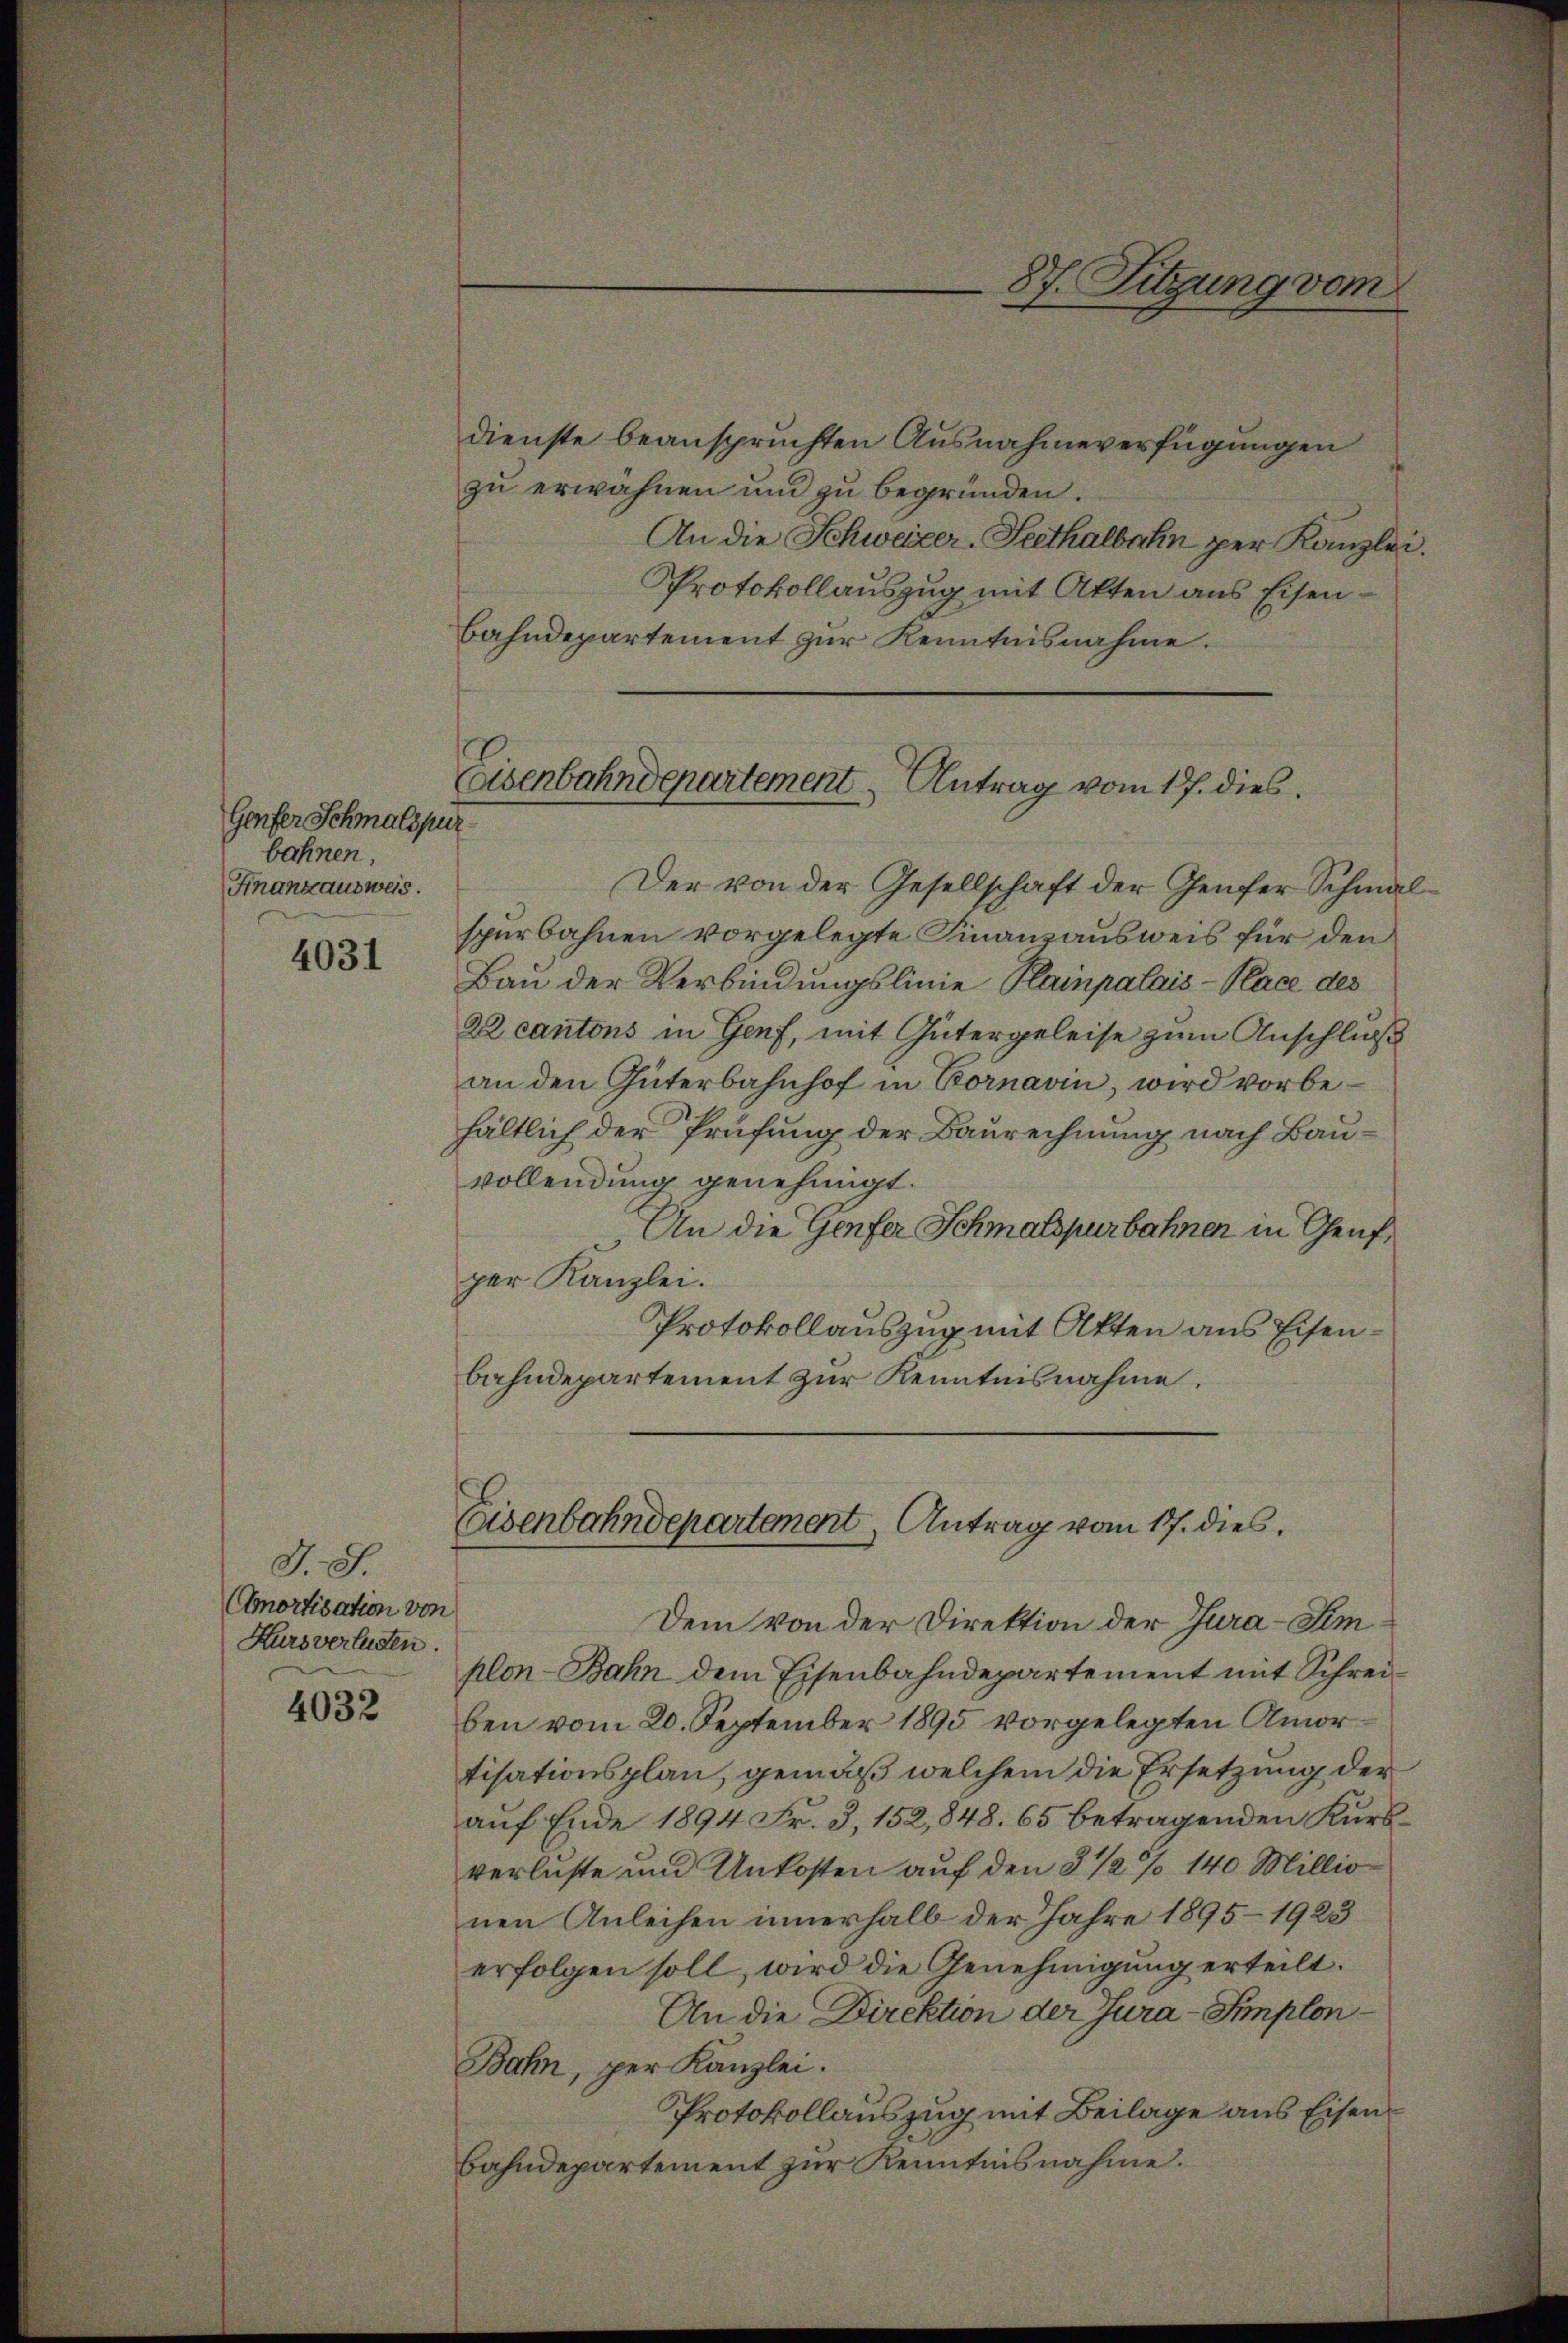
Genfer Schmalspur
bahnen,
Finanzausweis.

4031

J. 8.
Cmortisation vor
Kurs verlesen.

4032

dienste beanspruchten Ausnahmeverfügungen
zu erwähnen und zu begründen.
An die Schweizer-Seethalbahn per Kanzlei.
Protokollauszug mit Akten aus Eisen¬
Bahndepartement zur Kenntnisnahme.
Der von der Gesellschaft der Genfer Schmalspürbahnen vorgelegte Finanzausweis für den
Bau der Verbindungslinie Plampalais-Place des
22 cantons in Genf, mit Gütergeleise zum Anschluß
an den Güterbahnhof in Bornavin, wird vorbehältlich der Prüfung der Baurechnung nach Bau-
vollendung genehmigt.
An die Genfer Schmalspurbahnen in Genf,
per Kanzlei.
Protokollauszug mit Akten aus Eisenbahndepartement zur Kenntnisnahme.

87. Sitzung vom

Eisenbahndepartement Antrag vom 17. dies

Eisenbahndepartement, Antrag vom 17. dies

n
Dem von der Direktion der Jura-Sim
plon-Bahn dem Eisenbahndepartement mit Schreiben vom 20. September 1895 vorgelegten Amortisationsplan, gemäß welchem die Ersetzung der
auf Ende 1894 Fr. 3, 152, 848. 65 betragenden Kursverluste und Unkosten auf den 8 1/2 % 140 Millio
nen Anleihen innerhalb der Jahre 1895–1923
erfolgen soll, wird die Genehmigung erteilt.
An die Direktion der Jura - Implon¬
Bahn, per Kanzlei.
Protokollauszug mit Beilage aus Eisen
Bahndepartement zur Kenntnisnahme.